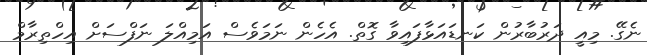
ނެގޭ. މިއީ ދަރުބާރުން ކަނޑައަޅާފައިވާ ގޮތް. އެހެން ނަމަވެސް އަމިއްލަ ނަފްސަށް އިހްތިރާމް